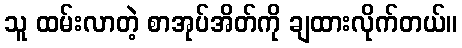
သူ ထမ်းလာတဲ့ စာအုပ်အိတ်ကို ချထားလိုက်တယ်။